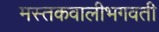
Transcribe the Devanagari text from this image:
मस्तकवालीभगवती